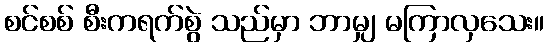
စင်စစ် စီးကရက်စွဲ သည်မှာ ဘာမျှ မကြာလှသေး။